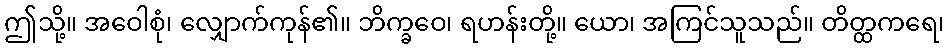
ဤသို့။ အဝေါစုံ၊ လျှောက်ကုန်၏။ ဘိက္ခဝေ၊ ရဟန်းတို့။ ယော၊ အကြင်သူသည်။ တိတ္ထကရေ၊